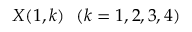
X ( 1 , k ) ~ ~ ( k = 1 , 2 , 3 , 4 )